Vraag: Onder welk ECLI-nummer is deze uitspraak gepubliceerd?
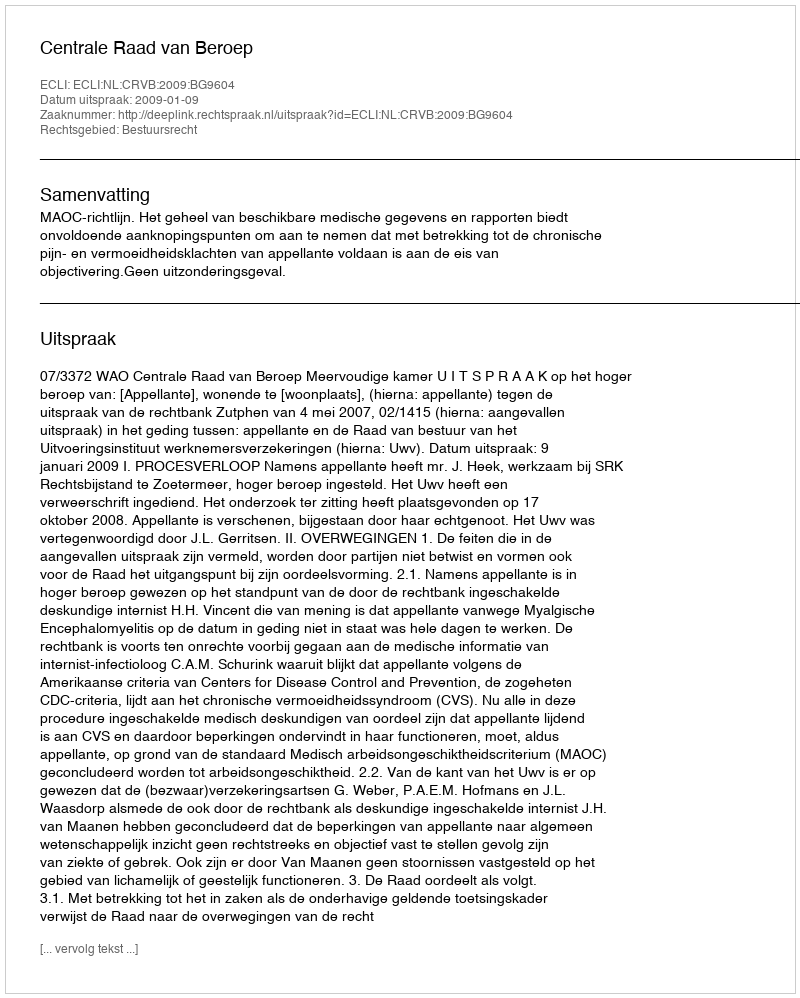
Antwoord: ECLI:NL:CRVB:2009:BG9604